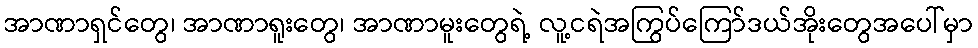
အာဏာရှင်တွေ၊ အာဏာရူးတွေ၊ အာဏာမူးတွေရဲ့ လူ့ငရဲအကြွပ်ကြော်ဒယ်အိုးတွေအပေါ်မှာ